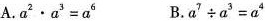
A. $$a ^ { 2 } \cdot a x ^ { 3 } = a ^ { 6 }$$ B.$$a ^ { 7 } \div a ^ { 3 } = a ^ { 4 }$$